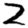
Digit: 2